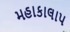
મહાકાલાપ